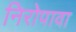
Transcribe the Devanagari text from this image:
निरोपावा